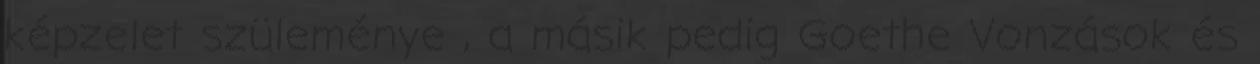
képzelet szüleménye , a másik pedig Goethe Vonzások és